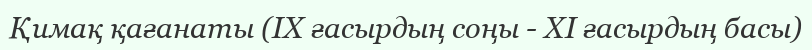
Қимақ қағанаты (IX ғасырдың соңы - XI ғасырдың басы)